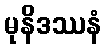
မုနိဒဿနံ